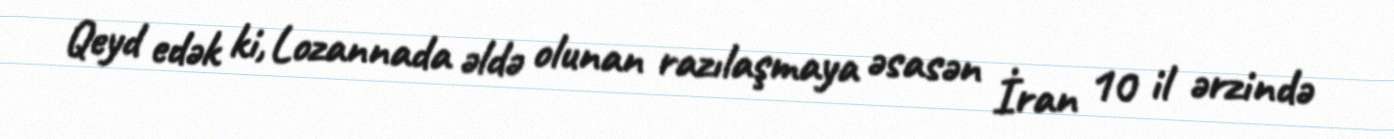
Qeyd edək ki, Lozannada əldə olunan razılaşmaya əsasən İran 10 il ərzində